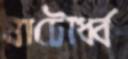
ষাটোর্ধ্ব